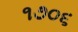
૧૭૦૬